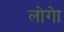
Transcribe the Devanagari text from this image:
लोगेा